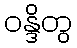
ဝန္ဒိတွ